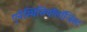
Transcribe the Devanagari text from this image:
एनेस्थिसियॉलॉजिस्ट